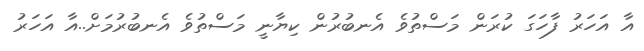
އާ އަހަރު ފާހަގަ ކުރަން މަސްތުވެ އެނބުރުން ކިޔާނީ މަސްތުވެ އެނބުރުމަށް..އާ އަހަރު